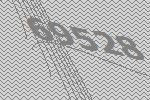
69528